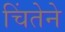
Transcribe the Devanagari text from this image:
चिंतेने